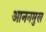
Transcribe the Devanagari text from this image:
आननमुख